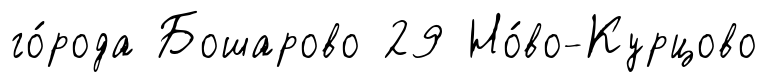
го́рода Бошарово 29 Но́во-Курцово